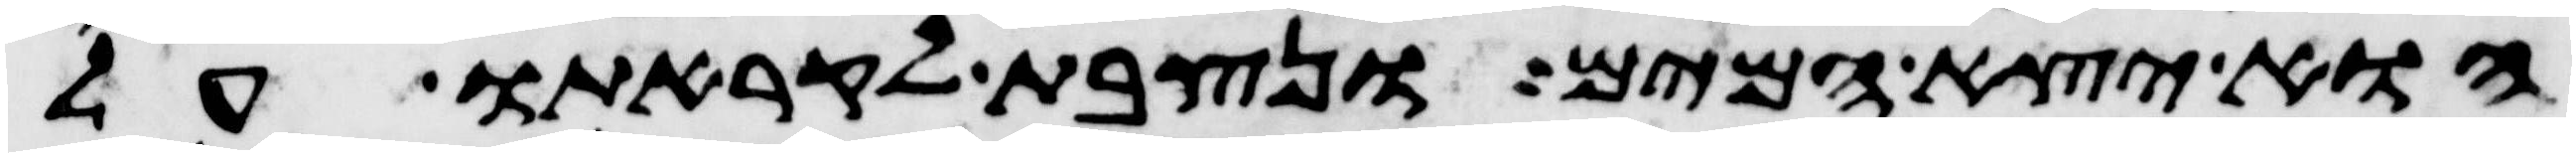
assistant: הוא יצא המים ונצבת לקראתו על